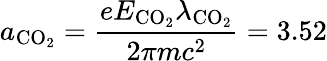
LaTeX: a_{\mathrm{CO_{2}}}=\frac{eE_{\mathrm{CO_{2}}}\lambda_{\mathrm{CO_{2}}}}{2\pi mc^{2}}=3.52